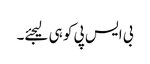
بی ایس پی کو ہی لیجئے۔